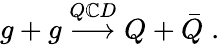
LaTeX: g+g\stackrel{Q\mathbb{C}D}{\longrightarrow}Q+\bar{{Q}}\; .